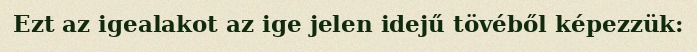
Ezt az igealakot az ige jelen idejű tövéből képezzük: